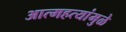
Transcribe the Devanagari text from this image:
आत्महत्यांमुळे